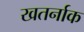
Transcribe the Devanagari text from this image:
खतर्नाक